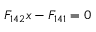
F _ { 1 4 2 } x - F _ { 1 4 1 } = 0